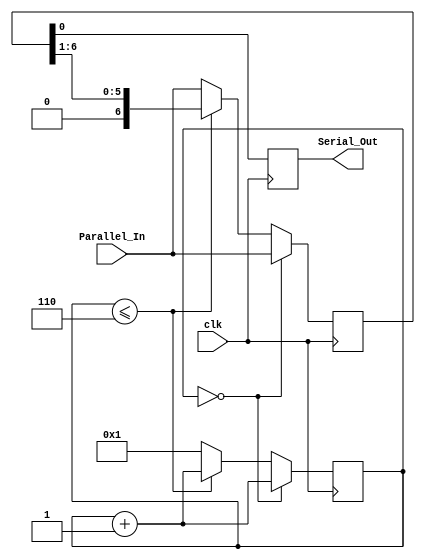
module Shiftregister_PISO#(
parameter WIDTH=7
)	
(clk, Parallel_In, Serial_Out);

	input clk;
	input [WIDTH-1:0]Parallel_In;
	output reg Serial_Out;
	reg [WIDTH-1:0]tmp;
	reg [3:0]i = 0; //counter to check if the the first time to load has occured 
	
	always @(posedge clk)begin
		if(i == 0)begin 
				tmp<=Parallel_In;
				Serial_Out<=tmp[0];
				i<=i+1;
			end 
		else if(i<=WIDTH-1)
			begin	
				Serial_Out<=tmp[0];
				tmp<={1'b0, tmp[WIDTH-1:1]};	
				i<=i+1;		
			end 
		else begin 
				Serial_Out<=tmp[0];
				i <= 1;
				tmp<=Parallel_In;
			end
	end
endmodule